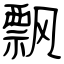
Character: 飘